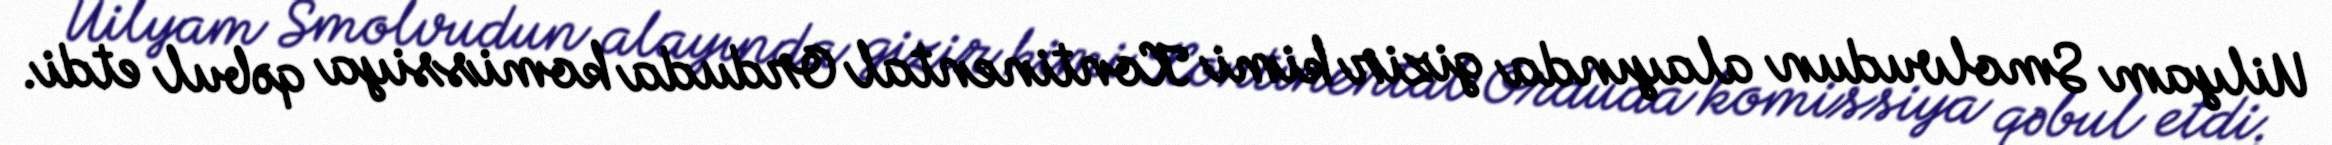
Uilyam Smolvudun alayında gizir kimi Kontinental Orduda komissiya qəbul etdi.